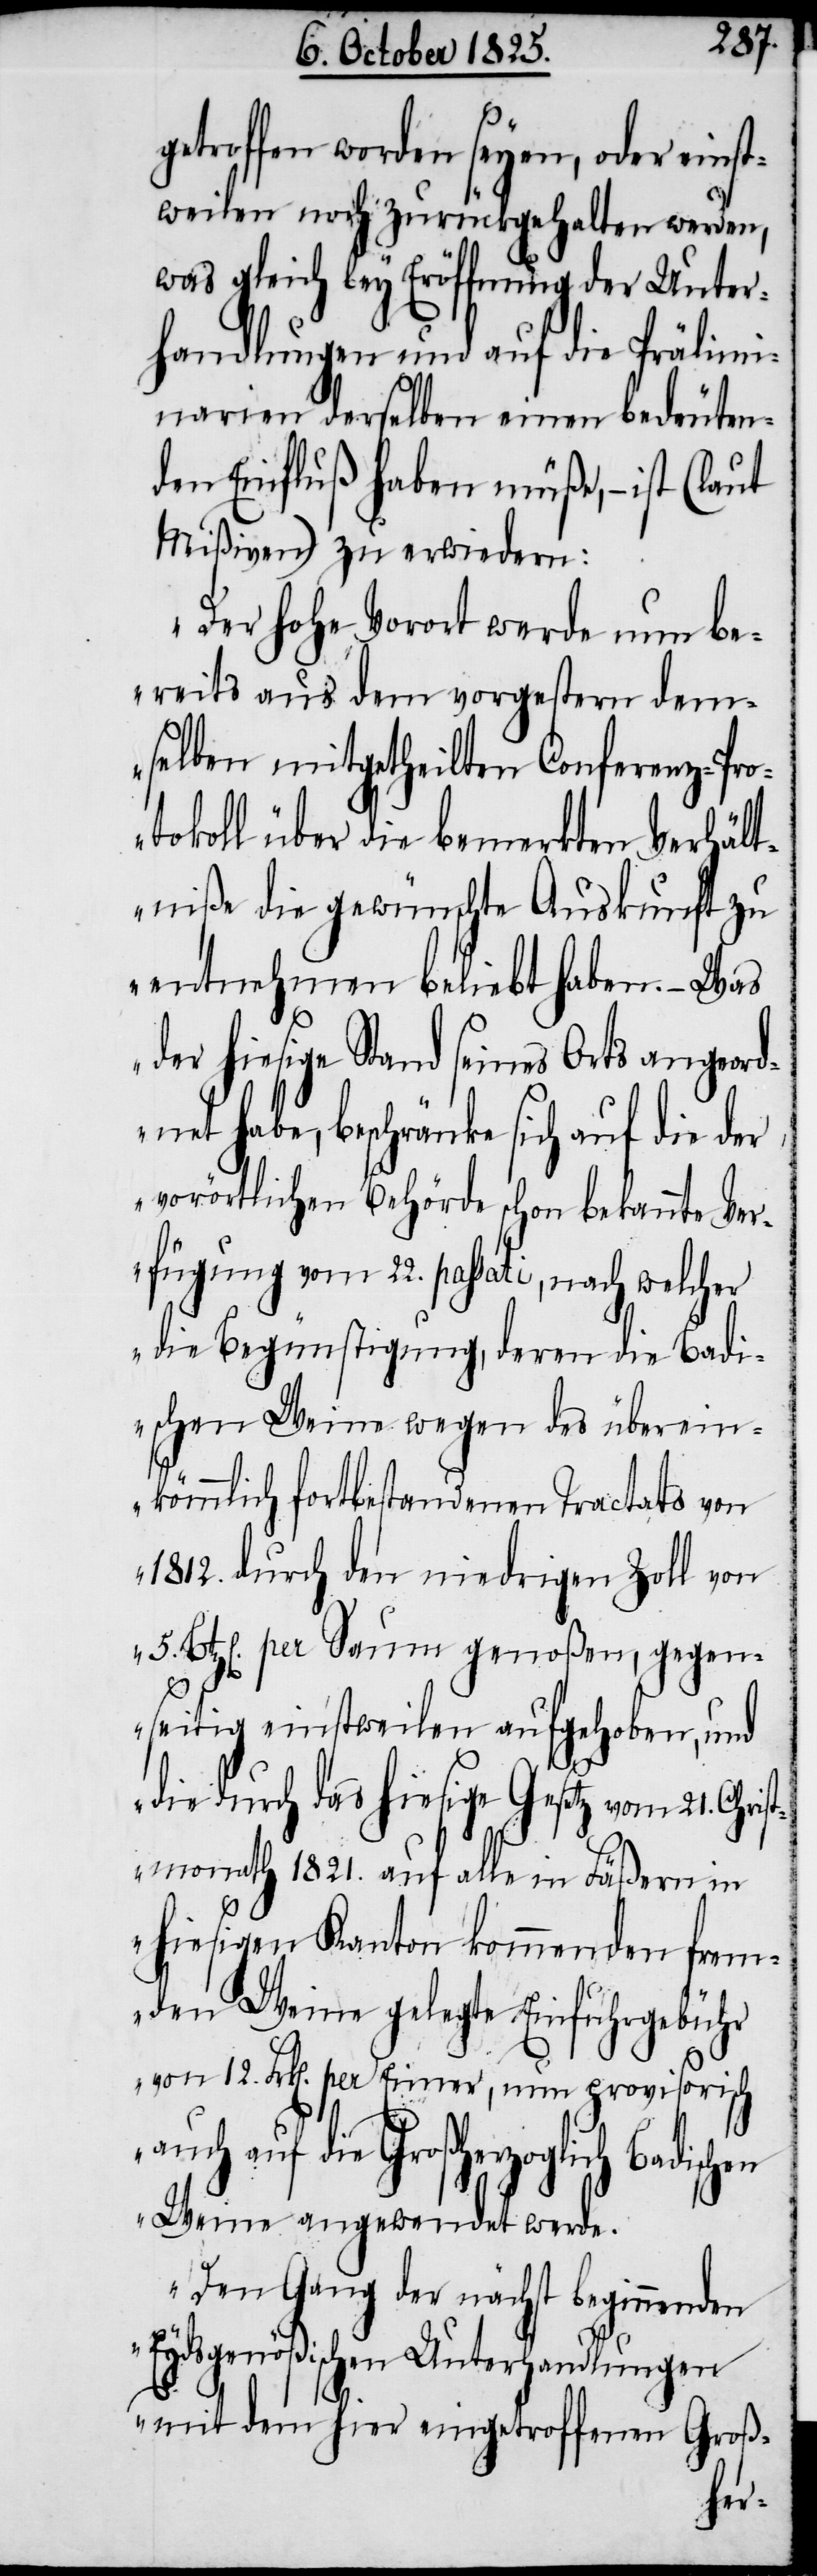
etroffen worden seyen, oder eins¬
tweilen noch zurückgehalten werden,
was gleich bey Eröffnung der Unter¬
handlungen und auf die Prälimi¬
narien derselben einen bedeuten¬
den Einfluß haben müße, – ist (laut
Mißiven) zu erwiedern:
„Der hohe Vorort werde nun be¬
reits aus dem vorgestern dem¬
selben mitgehteilten Conferenz-Pr¬
otokoll über die bemerkten Verhält¬
niße die gewünschte Auskunft zu
entnehmen beliebt haben. – Was
der hiesige Stand seines Orts angeord¬
net habe, beschränke sich auf die der
vorörtlichen Behörde schon bekannte Ver¬
fügung vom 22. passati, nach welcher
die Begünstigung, deren die Badi¬
schen Weine wegen des überein¬
kömmlich fortbestandenen Tractats von
1812. durch den niedrigen Zoll von
Btz.[en]. per Saum genoßen, gegen¬
seitig einstweilen aufgehoben, und
g¬
5.
die durch das hiesige Gesetz vom 21. Chri¬
stmonath 1821. auf alle in Fäßern in
hiesigen Kanton kommenden frem¬
den Weine gelegte Einfuhrgebühr
von 12. Frk[en]. per Eimer, nun provisorisch
auf die Großherzoglich Badischen
Weine angewendet werde.
Den Gang der nächst beginnenden
Eydsgenößischen Unterhandlungen
mit dem hier eingetroffenen Groß-